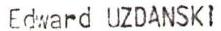
Edward UZDANSKI